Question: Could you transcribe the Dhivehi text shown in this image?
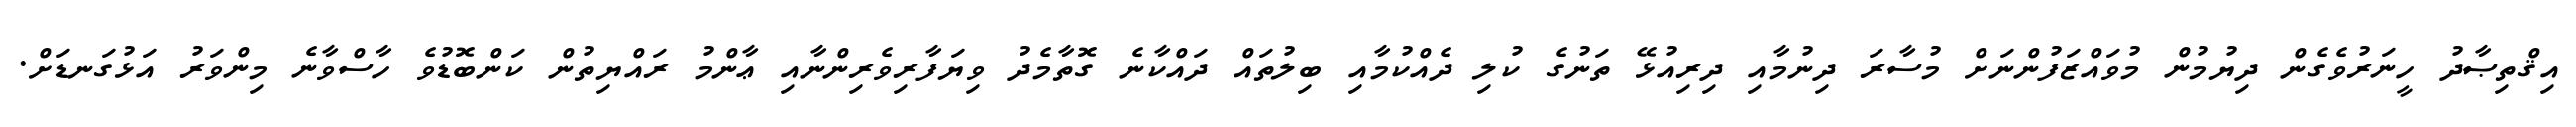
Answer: އިޤްތިޞާދު ހީނަރުވެގެން ދިޔުމުން މުވައްޒަފުންނަށް މުސާރަ ދިނުމާއި ދިރިއުޅޭ ތަނުގެ ކުލި ދެއްކުމާއި ބިލުތައް ދައްކާނެ ގޮތާމެދު ވިޔަފާރިވެރިންނާއި ޢާންމު ރައްޔިތުން ކަންބޮޑުވެ ހާސްވާނެ މިންވަރު އަޅުގަނޑަށް.